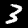
Digit: 3